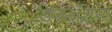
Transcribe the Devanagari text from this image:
डिफरेंशिया